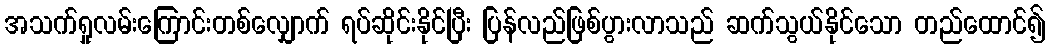
အသက်ရှုလမ်းကြောင်းတစ်လျှောက် ရပ်ဆိုင်းနိုင်ပြီး ပြန်လည်ဖြစ်ပွားလာသည် ဆက်သွယ်နိုင်သော တည်ထောင်၍